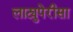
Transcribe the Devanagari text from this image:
लाट्युपेरीसा